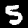
Digit: 5